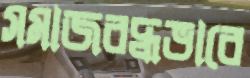
সমাজবদ্ধভাবে